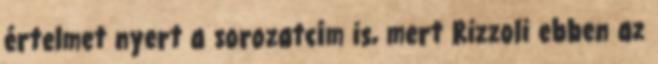
értelmet nyert a sorozatcím is, mert Rizzoli ebben az